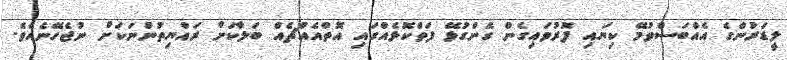
ލީޑަރުންގެ އެއްބަސްވުމޭ ކިޔައި ފޮރުވައިގެން ގެންގުޅޭ ފަތްކޮޅެއްގައި އޮތްއެއްޗެއް ބަލާކަށް ރައްޔިތުންނަކަށް ނުޖެހޭނެއެވެ.